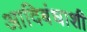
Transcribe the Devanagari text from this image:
आदिबंधाशी